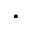
\cdot